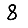
Digit: 8